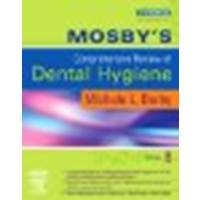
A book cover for Mosby's Comprehensive Review of Dental Hygiene, 6e by Darby BSDH MS, Michele Leonardi [Mosby, 2006] (Paperback) 6th Edition [Paperback]; Darby BSDH MS; Medical Books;